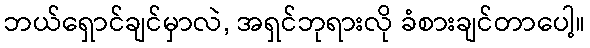
ဘယ်ရှောင်ချင်မှာလဲ, အရှင်ဘုရားလို ခံစားချင်တာပေါ့။